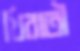
খিরাতী